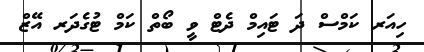
ހިއަރ ކަމްސް ދަ ޓައިމް ދެޓް ވީ ބޯތް ކަމް ޓުގެދަރ އޭޒް